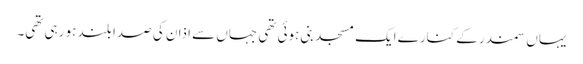
یہاں سمندر کے کنارے ایک مسجد بنی ہوئی تھی جہاں سے اذان کی صدا بلند ہو رہی تھی۔